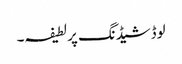
لوڈشیڈنگ پر لطیفہ۔